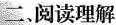
二、阅读理解